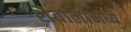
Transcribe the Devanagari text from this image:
शैवालांमध्ये